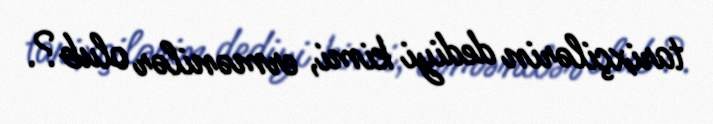
tarixçilərin dediyi kimi, ermənilər olub?.